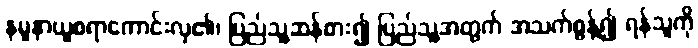
နမူနာယူစရာကောင်းလှ၏၊ ပြည်သူ့ဆန်စား၍ ပြည်သူ့အတွက် အသက်စွန့်၍ ရန်သူကို